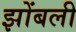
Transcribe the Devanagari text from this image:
झोंबली